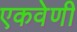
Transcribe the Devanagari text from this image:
एकवेणी